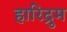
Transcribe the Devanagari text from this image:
हारिद्रुम